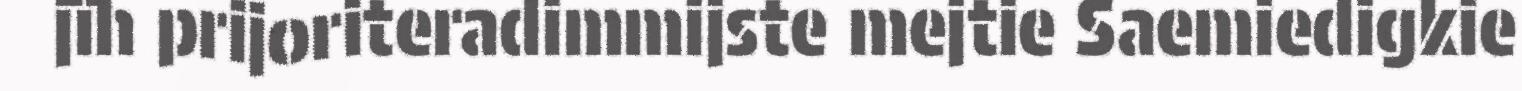
jïh prijoriteradimmijste mejtie Saemiedigkie